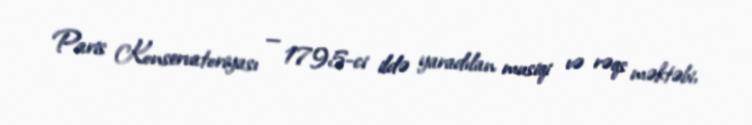
Paris Konservatoriyası — 1795-ci ildə yaradılan musiqi və rəqs məktəbi,